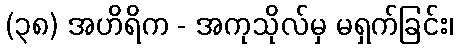
(၃၈) အဟိရိက - အကုသိုလ်မှ မရှက်ခြင်း၊